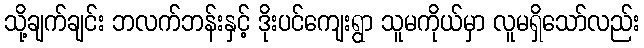
သို့ချက်ချင်း ဘလက်ဘန်းနှင့် ဒိုးပင်ကျေးရွာ သူမကိုယ်မှာ လူမရှိသော်လည်း